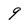
Character: 9